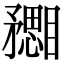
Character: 𥎙